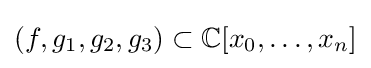
(f,g_{1},g_{2},g_{3})\subset \mathbb {C} [x_{0},\ldots ,x_{n}]